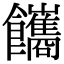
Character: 䭨